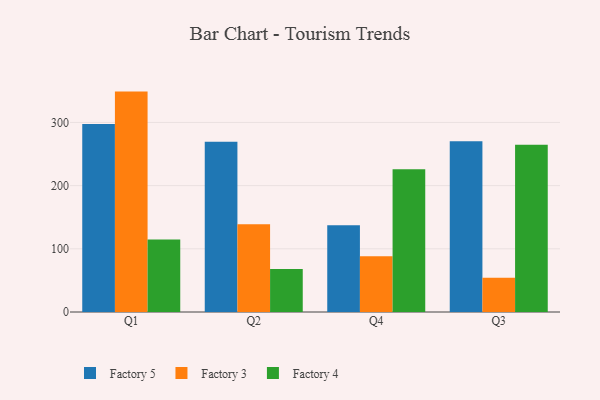
{"axis": {"x": "Quarter", "y": "Latency (ms)"}, "legend": ["Factory 3", "Factory 4", "Factory 5"], "data": [{"x": "Q1", "y": 297.7, "type": "Factory 5"}, {"x": "Q1", "y": 348.8, "type": "Factory 3"}, {"x": "Q1", "y": 114.7, "type": "Factory 4"}, {"x": "Q2", "y": 269.4, "type": "Factory 5"}, {"x": "Q2", "y": 138.9, "type": "Factory 3"}, {"x": "Q2", "y": 68.1, "type": "Factory 4"}, {"x": "Q4", "y": 137.2, "type": "Factory 5"}, {"x": "Q4", "y": 88.1, "type": "Factory 3"}, {"x": "Q4", "y": 225.8, "type": "Factory 4"}, {"x": "Q3", "y": 270.3, "type": "Factory 5"}, {"x": "Q3", "y": 54.4, "type": "Factory 3"}, {"x": "Q3", "y": 264.8, "type": "Factory 4"}]}